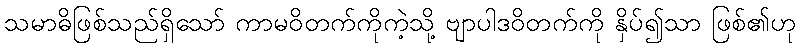
သမာဓိဖြစ်သည်ရှိသော် ကာမဝိတက်ကိုကဲ့သို့ ဗျာပါဒဝိတက်ကို နှိပ်၍သာ ဖြစ်၏ဟု